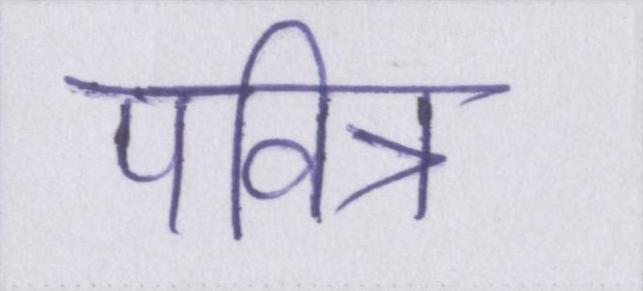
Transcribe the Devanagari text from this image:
पवित्र